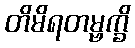
တိမိရတမ္ဗက္ခိ